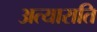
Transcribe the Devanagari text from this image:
अत्याराति